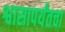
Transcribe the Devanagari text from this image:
श्वासापर्यंतचा